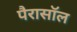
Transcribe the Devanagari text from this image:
पैरासॉल